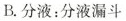
B.分液：分液漏斗